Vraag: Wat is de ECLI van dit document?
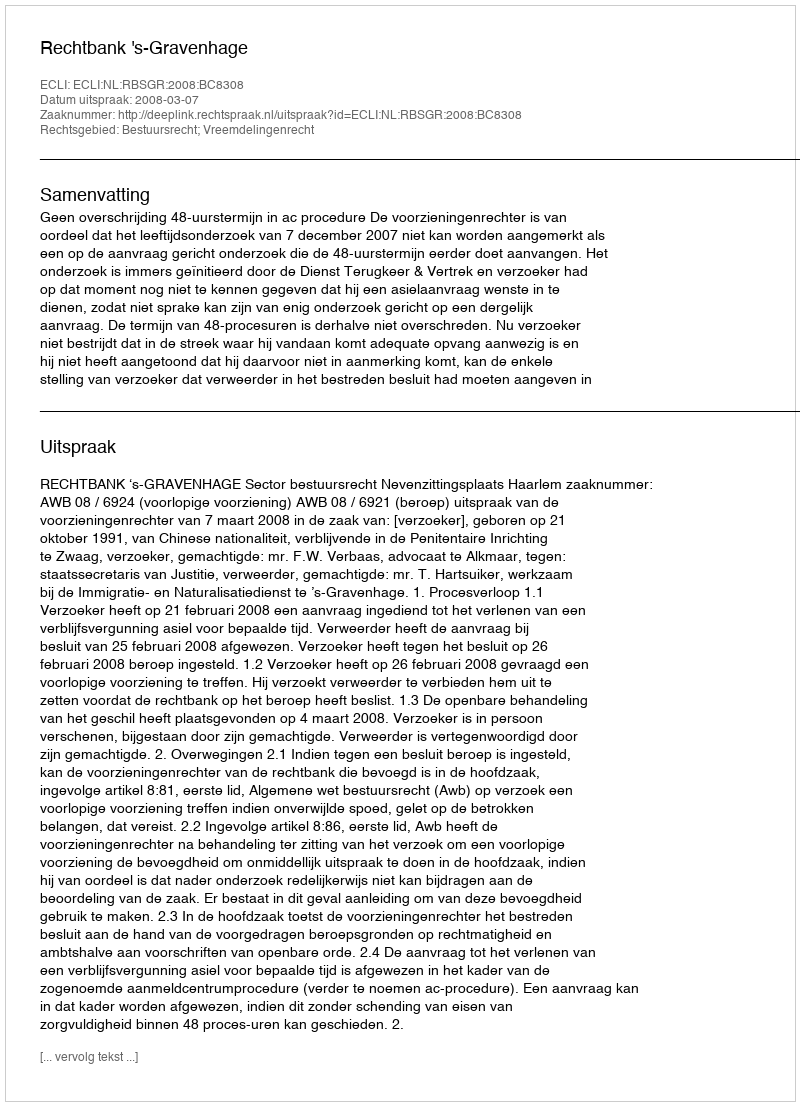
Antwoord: ECLI:NL:RBSGR:2008:BC8308